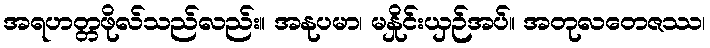
အရဟတ္တဖိုလ်သည်လည်း။ အနုပမာ၊ မနှိုင်းယှဉ်အပ်။ အတုလတေဇဿ၊